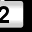
Digit: 2